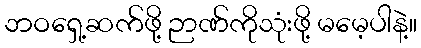
ဘဝရှေ့ဆက်ဖို့ ဉာဏ်ကိုသုံးဖို့ မမေ့ပါနဲ့။